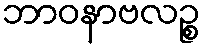
ဘာဝနာဗလဉ္စ